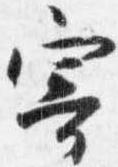
寄